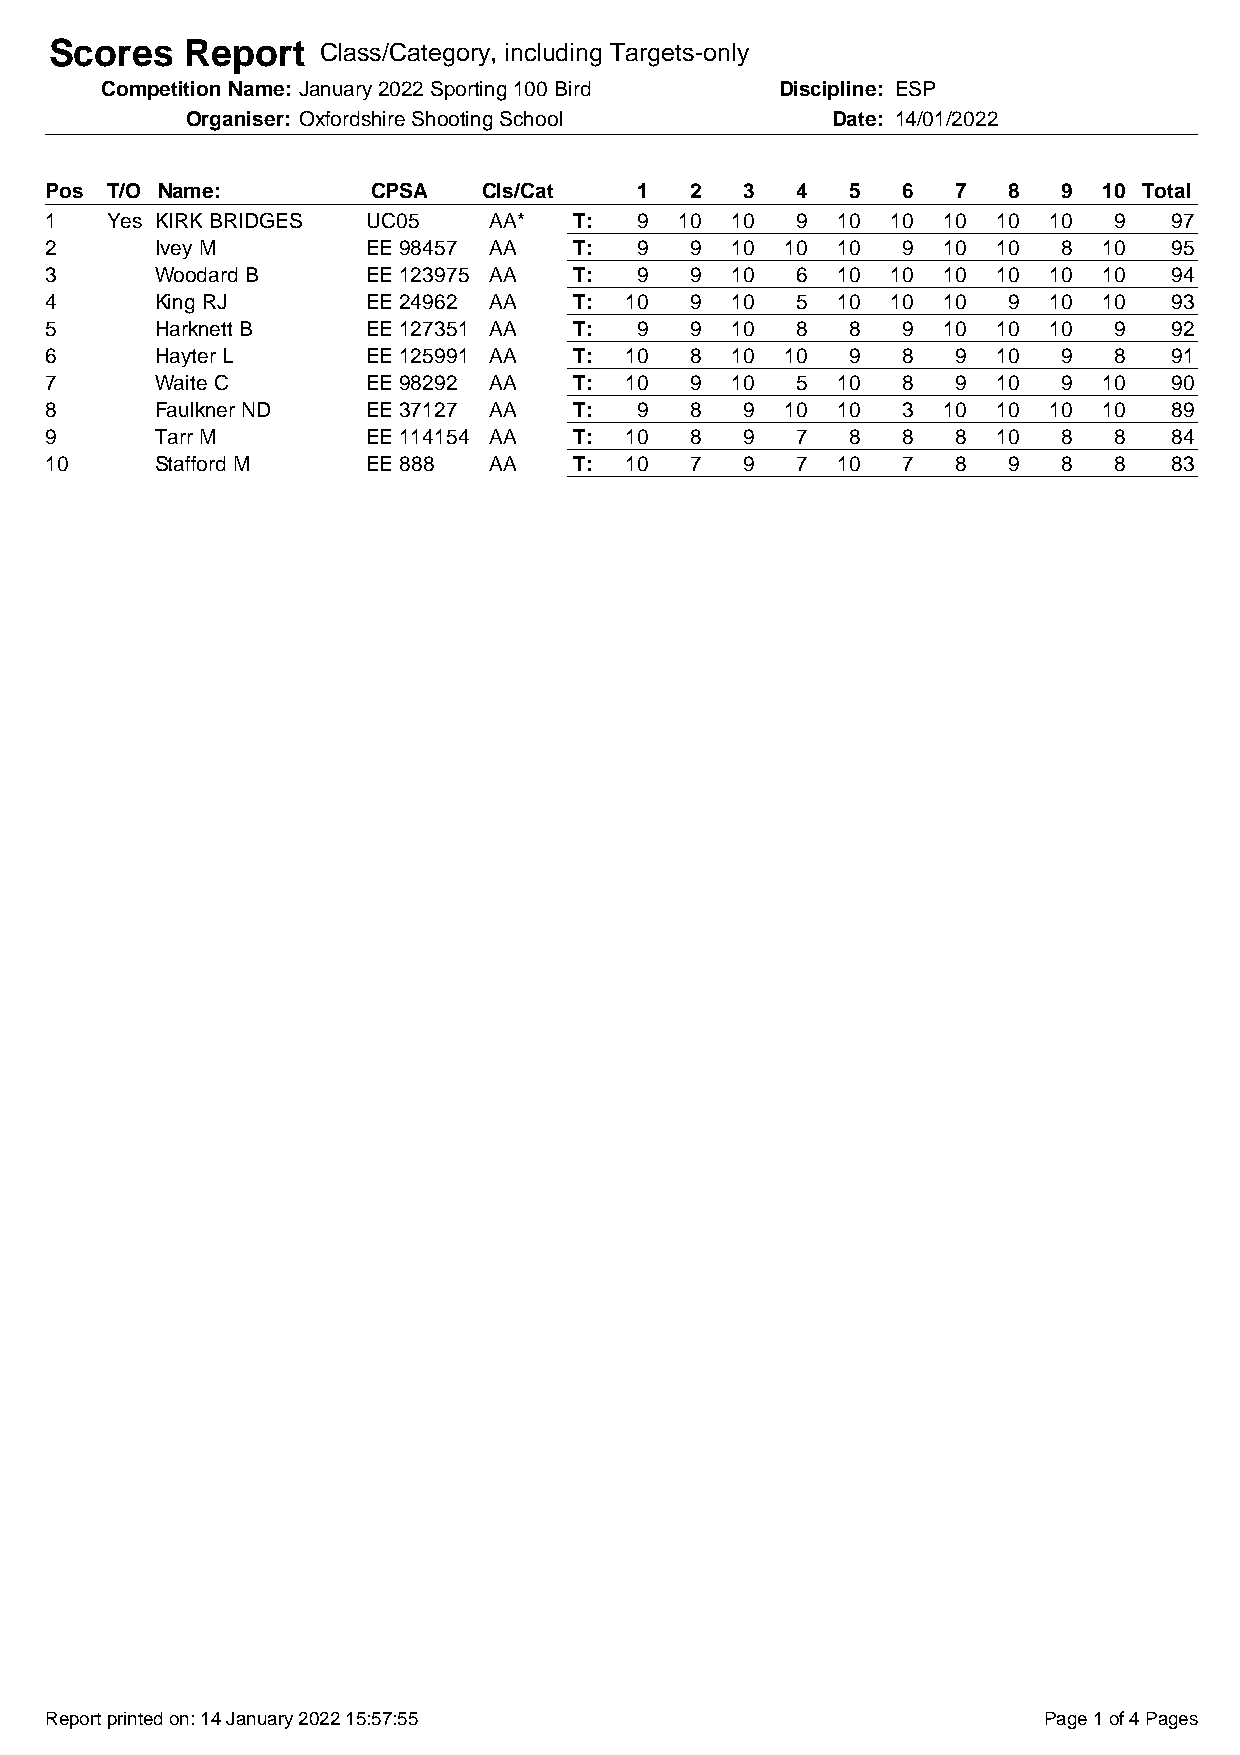
Scores   Report   Class/Category, including Targets-only
 Competition Name: January 2022 Sporting 100 Bird Discipline: ESP
 Organiser: Oxfordshire Shooting School     Date: 14/01/2022
 Pos T/O Name:         CPSA   Cls/Cat   1   2  3   4  5   6  7   8  9  10 Total
 1   Yes KIRK BRIDGES UC05    AA*   T:  9  10 10   9 10  10 10  10 10   9   97
 2      Ivey M        EE 98457 AA   T:  9   9 10  10 10   9 10  10  8  10   95
 3      Woodard B     EE 123975 AA  T:  9   9 10   6 10  10 10  10 10  10   94
 4      King RJ       EE 24962 AA   T: 10   9 10   5 10  10 10   9 10  10   93
 5      Harknett B    EE 127351 AA  T:  9   9 10   8  8   9 10  10 10   9   92
 6      Hayter L      EE 125991 AA  T: 10   8 10  10  9   8  9  10  9   8   91
 7      Waite C       EE 98292 AA   T: 10   9 10   5 10   8  9  10  9  10   90
 8      Faulkner ND   EE 37127 AA   T:  9   8  9  10 10   3 10  10 10  10   89
 9      Tarr M        EE 114154 AA  T: 10   8  9   7  8   8  8  10  8   8   84
 10     Stafford M    EE 888  AA    T: 10   7  9   7 10   7  8   9  8   8   83
 Report printed on: 14 January 2022 15:57:55                       Page 1 of 4 Pages